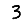
Digit: 3